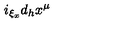
i _ { \xi _ { x } } d _ { h } x ^ { \mu }